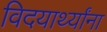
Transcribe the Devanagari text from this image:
विदयार्थ्यांना